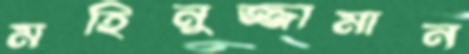
মহিনুজ্জামান